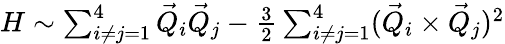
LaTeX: \begin{array}{r}{H\sim\sum_{i\neq j=1}^{4}\vec{Q}_{i}\vec{Q}_{j}-\frac{3}{2}\sum_{i\neq j=1}^{4}(\vec{Q}_{i}\times\vec{Q}_{j})^{2}}\end{array}